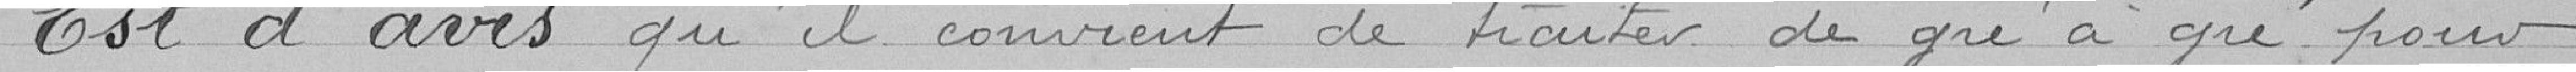
Est d'avis qu'il convient de traiter de gré à gré pour